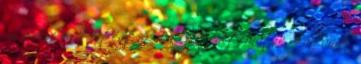
mi a fene is történt a Fallout alternatív világának